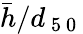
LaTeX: \bar{h}/d_{\mathrm{~5~0~}}